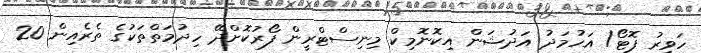
ހަވީރު ފޮޓޯ/ އަހުމަދު އަދުޝަން އިކޮނޮމިކް މިނިސްޓްރީން ފޯރުކޮށްދޭ ހިދުމަތްތަކުގެ ތެރެއިން 20